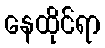
နေထိုင်ရာ